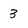
Character: 3